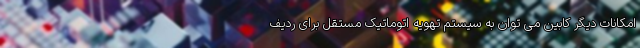
امکانات دیگر کابین می توان به سیستم تهویه اتوماتیک مستقل برای ردیف